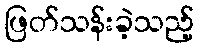
ဖြတ်သန်းခဲ့သည့်